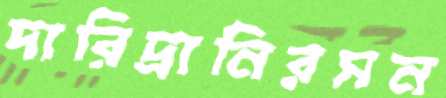
দারিদ্র্যনিরসন